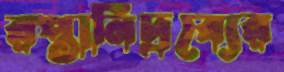
রপ্তানিদ্রব্যের